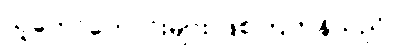
သူတော်ကောင်းများ ဖြစ်ကြကုန်သည်။